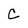
Character: c